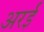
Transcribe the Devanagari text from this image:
अरई